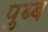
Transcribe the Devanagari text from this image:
पुब्ब